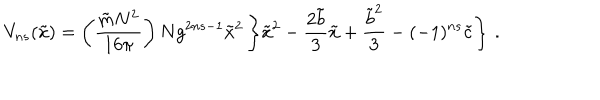
LaTeX: V _ { n s } ( { \tilde { x } } ) = \left( \frac { { \tilde { m } } N ^ { 2 } } { 1 6 \pi } \right) N g ^ { 2 n s - 1 } { \tilde { x } } ^ { 2 } \left\{ { \tilde { x } } ^ { 2 } - \frac { 2 { \tilde { b } } } { 3 } { \tilde { x } } + \frac { { \tilde { b } } ^ { 2 } } { 3 } - ( - 1 ) ^ { n s } { \tilde { c } } \right\} \, .